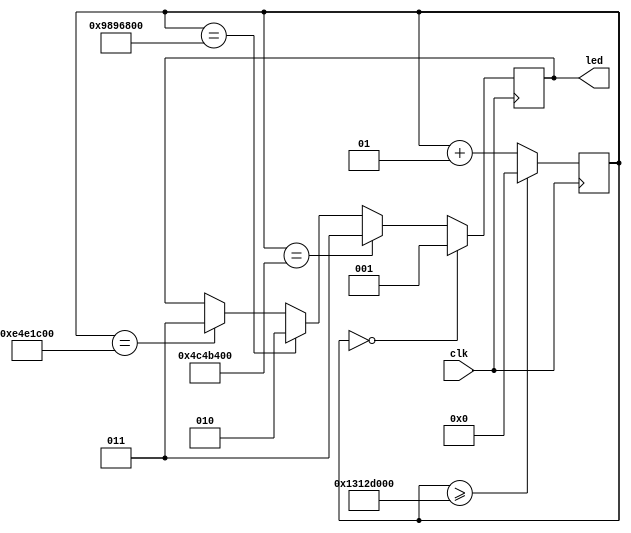
module Semaforo(
    input clk,
    output reg[2:0] led
    );
    
integer counter=0;

always @(posedge  clk) //Contador comun y corriente

    begin
    if (counter>=320000000)
        counter <= 0;
    else
        counter <= counter + 1;   
    end

always @(posedge  clk)
    
    begin
    if (counter == 0)
        led <= 3'b001;//Rojo
    else if (counter == 80000000)
        led <= 3'b011;//Amarillo
    else if (counter == 160000000)
        led <= 3'b010;//Verde
    else if (counter == 240000000)
        led <= 3'b011;//Amarillo
    end
    
endmodule